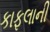
કાફલાની